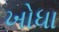
ખોધા